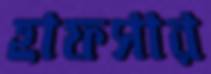
হাফসার